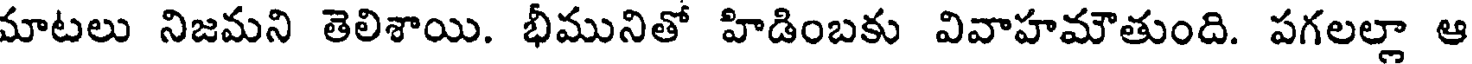
మాటలు నిజమని తెలిశాయి. భీమునితో హిడింబకు వివాహమౌతుంది. పగలల్లా ఆ